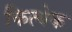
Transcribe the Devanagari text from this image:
कित्‍येक